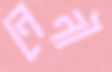
নেনী